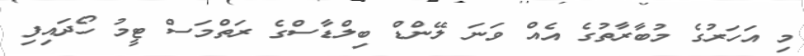
މި އަހަރުގެ މުބާރާތުގެ އެއް ވަނަ ލޭންޑް ބިލްޑާސްގެ ރަތްމަސް ޓީމު ހޯދައިފި